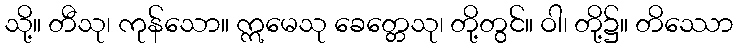
သို့။ တီသု၊ ကုန်သော။ ဣမေသု ခေတ္တေသု၊ တို့တွင်။ ဝါ၊ တို့၌။ တိဿော